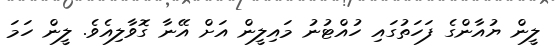
ލީން ޔުއާންގެ ފަހަތުގައި ހުއްޓުނު މައިލީން އަށް އޭނާ ގޮވާލިއެވެ. ލީން ހަމަ